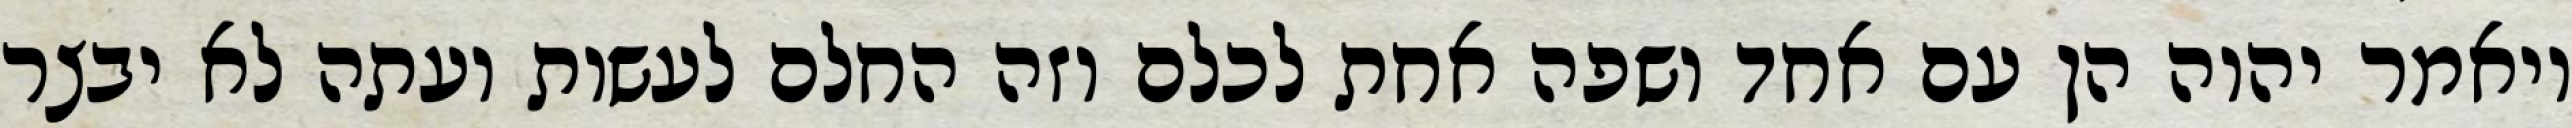
ויאמר יהוה הן עם אחד ושפה אחת לכלם וזה החלם לעשות ועתה לא יבצר